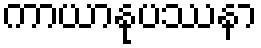
ကာယာနုပဿနာ